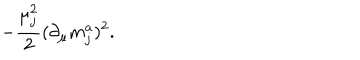
- \frac { \mu _ { j } ^ { 2 } } 2 ( \partial _ { \mu } m _ { j } ^ { a } ) ^ { 2 } .